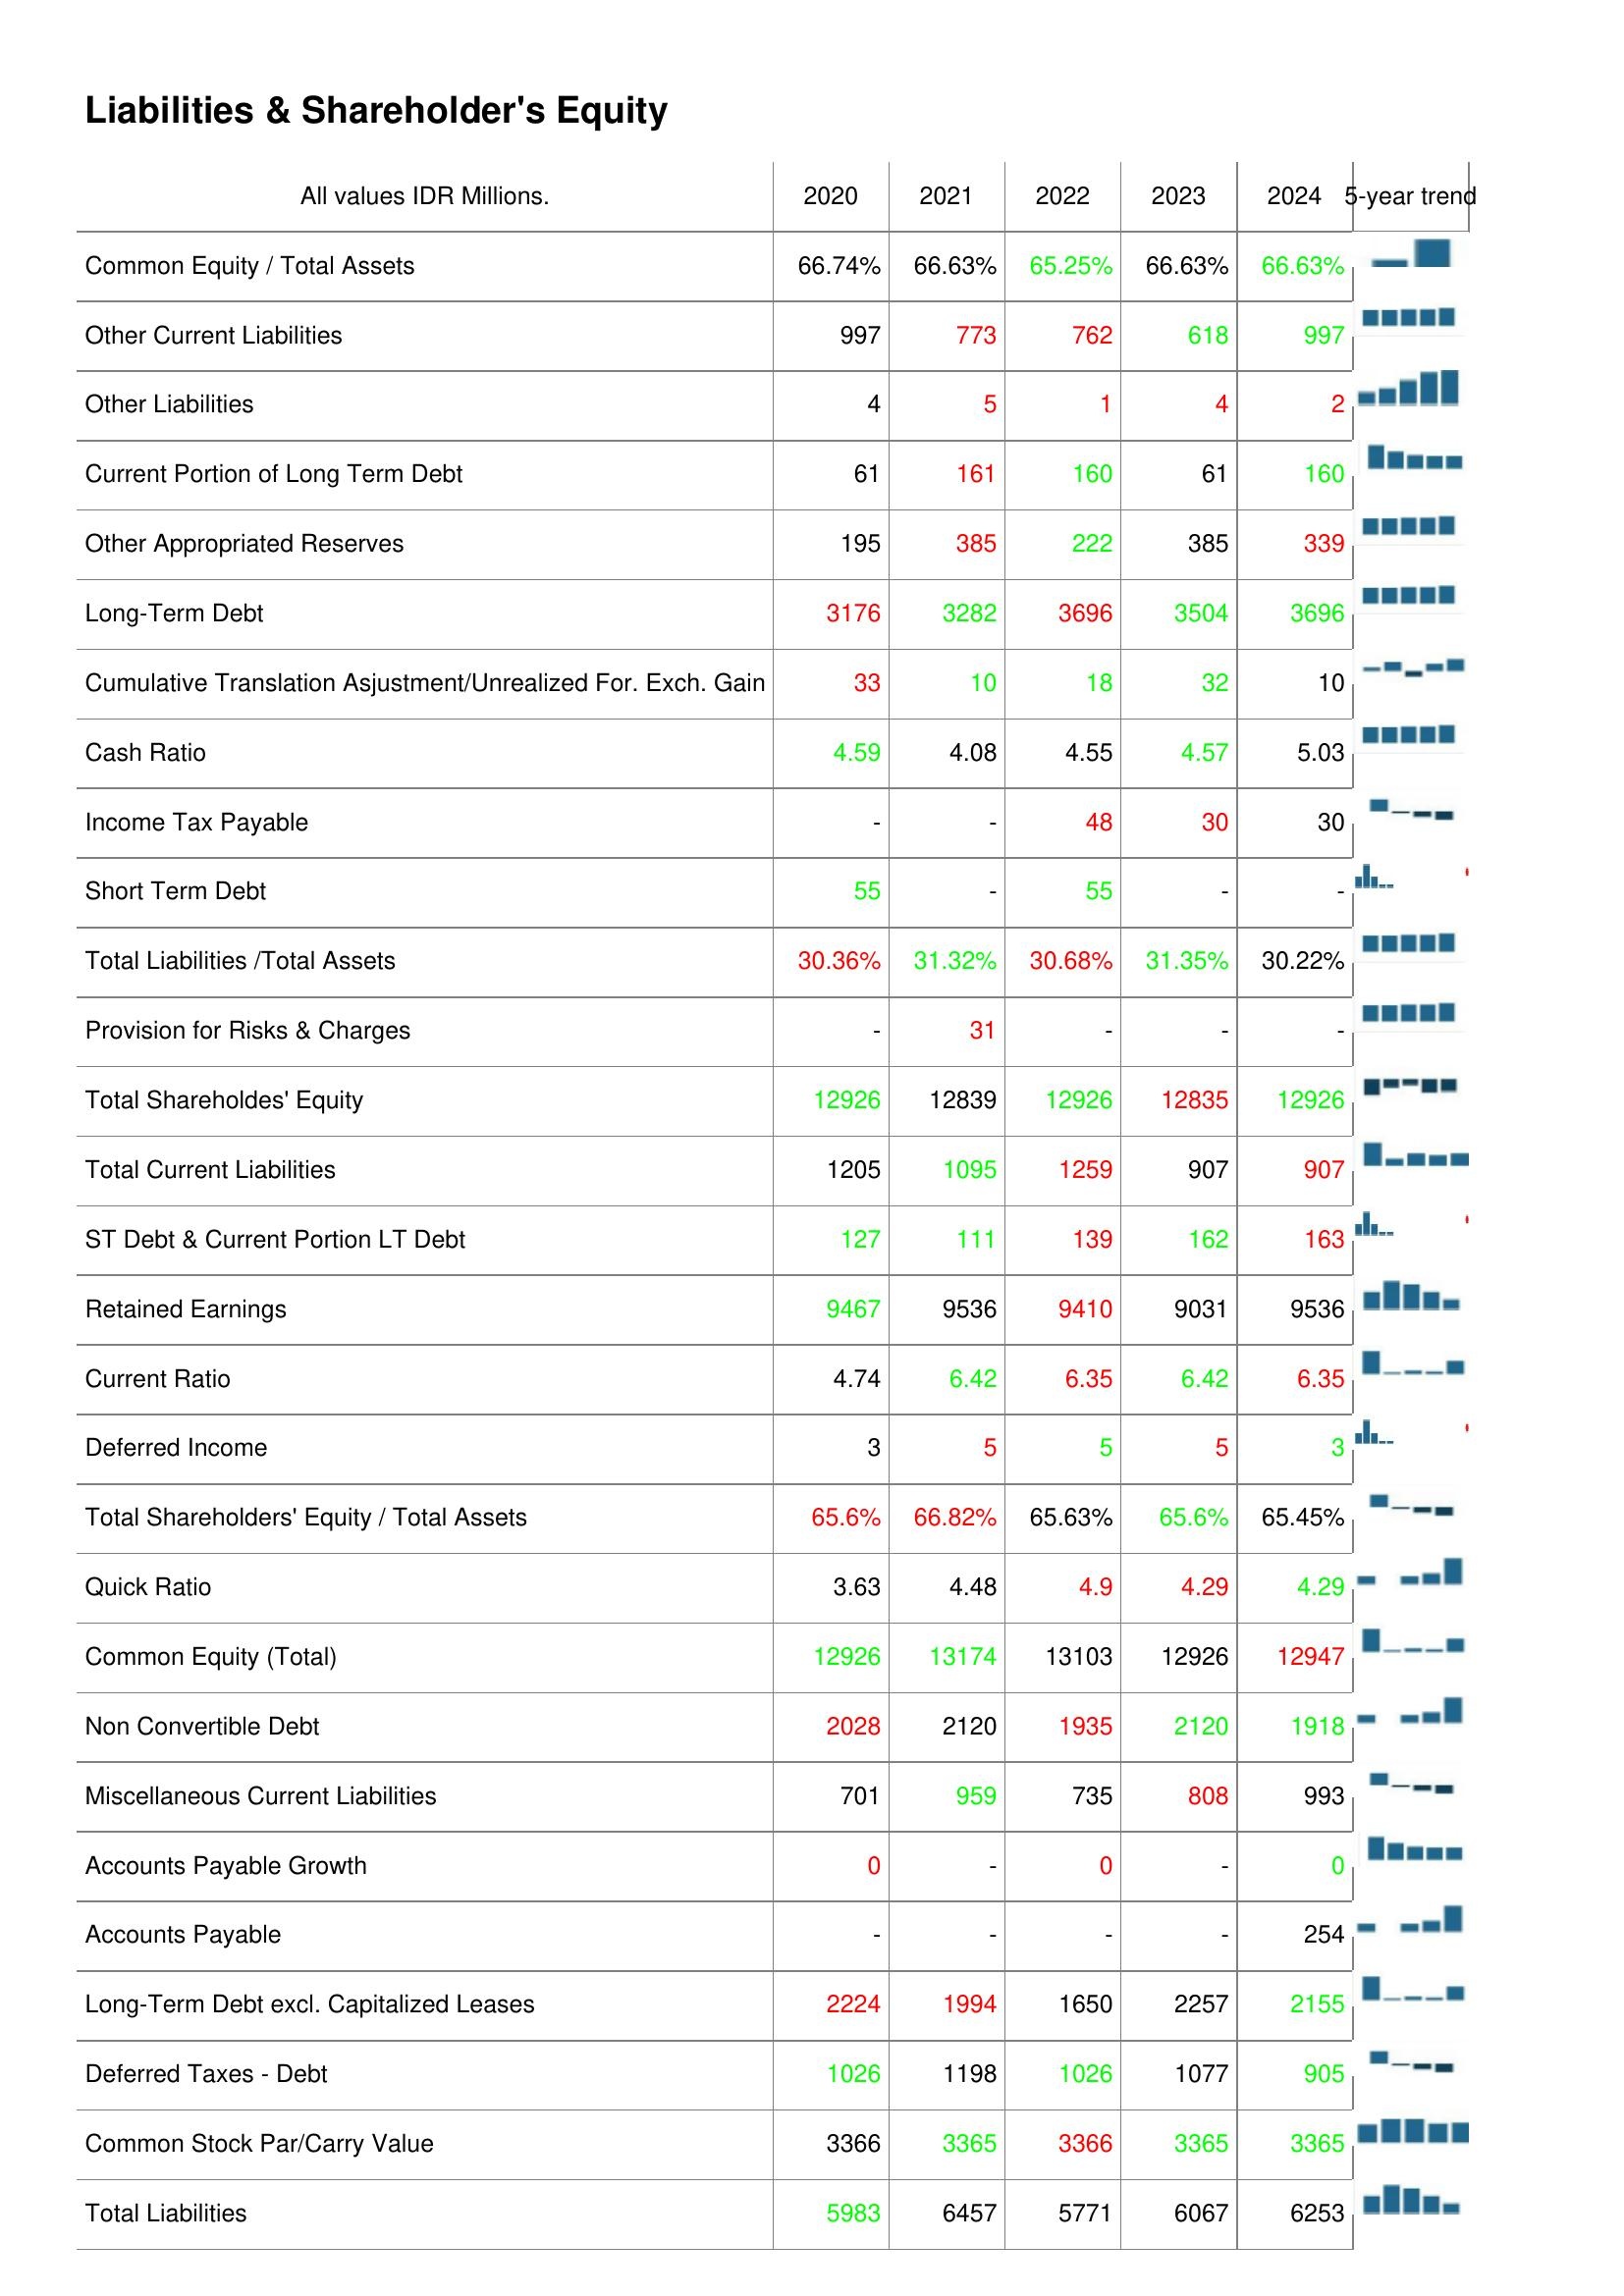
2020: Liabilities & Shareholder's Equity: Common Equity / Total Assets: 66.74%
Other Current Liabilities: 997
Other Liabilities: 4
Current Portion of Long Term Debt: 61
Other Appropriated Reserves: 195
Long-Term Debt: 3176
Cumulative Translation Asjustment/Unrealized For. Exch. Gain: 33
Cash Ratio: 4.59
Income Tax Payable: -
Short Term Debt: 55
Total Liabilities /Total Assets: 30.36%
Provision for Risks & Charges: -
Total Shareholdes' Equity: 12926
Total Current Liabilities: 1205
ST Debt & Current Portion LT Debt: 127
Retained Earnings: 9467
Current Ratio: 4.74
Deferred Income: 3
Total Shareholders' Equity / Total Assets: 65.6%
Quick Ratio: 3.63
Common Equity (Total): 12926
Non Convertible Debt: 2028
Miscellaneous Current Liabilities: 701
Accounts Payable Growth: 0
Accounts Payable: -
Long-Term Debt excl. Capitalized Leases: 2224
Deferred Taxes - Debt: 1026
Common Stock Par/Carry Value: 3366
Total Liabilities: 5983
2021: Liabilities & Shareholder's Equity: Common Equity / Total Assets: 66.63%
Other Current Liabilities: 773
Other Liabilities: 5
Current Portion of Long Term Debt: 161
Other Appropriated Reserves: 385
Long-Term Debt: 3282
Cumulative Translation Asjustment/Unrealized For. Exch. Gain: 10
Cash Ratio: 4.08
Income Tax Payable: -
Short Term Debt: -
Total Liabilities /Total Assets: 31.32%
Provision for Risks & Charges: 31
Total Shareholdes' Equity: 12839
Total Current Liabilities: 1095
ST Debt & Current Portion LT Debt: 111
Retained Earnings: 9536
Current Ratio: 6.42
Deferred Income: 5
Total Shareholders' Equity / Total Assets: 66.82%
Quick Ratio: 4.48
Common Equity (Total): 13174
Non Convertible Debt: 2120
Miscellaneous Current Liabilities: 959
Accounts Payable Growth: -
Accounts Payable: -
Long-Term Debt excl. Capitalized Leases: 1994
Deferred Taxes - Debt: 1198
Common Stock Par/Carry Value: 3365
Total Liabilities: 6457
2022: Liabilities & Shareholder's Equity: Common Equity / Total Assets: 65.25%
Other Current Liabilities: 762
Other Liabilities: 1
Current Portion of Long Term Debt: 160
Other Appropriated Reserves: 222
Long-Term Debt: 3696
Cumulative Translation Asjustment/Unrealized For. Exch. Gain: 18
Cash Ratio: 4.55
Income Tax Payable: 48
Short Term Debt: 55
Total Liabilities /Total Assets: 30.68%
Provision for Risks & Charges: -
Total Shareholdes' Equity: 12926
Total Current Liabilities: 1259
ST Debt & Current Portion LT Debt: 139
Retained Earnings: 9410
Current Ratio: 6.35
Deferred Income: 5
Total Shareholders' Equity / Total Assets: 65.63%
Quick Ratio: 4.9
Common Equity (Total): 13103
Non Convertible Debt: 1935
Miscellaneous Current Liabilities: 735
Accounts Payable Growth: 0
Accounts Payable: -
Long-Term Debt excl. Capitalized Leases: 1650
Deferred Taxes - Debt: 1026
Common Stock Par/Carry Value: 3366
Total Liabilities: 5771
2023: Liabilities & Shareholder's Equity: Common Equity / Total Assets: 66.63%
Other Current Liabilities: 618
Other Liabilities: 4
Current Portion of Long Term Debt: 61
Other Appropriated Reserves: 385
Long-Term Debt: 3504
Cumulative Translation Asjustment/Unrealized For. Exch. Gain: 32
Cash Ratio: 4.57
Income Tax Payable: 30
Short Term Debt: -
Total Liabilities /Total Assets: 31.35%
Provision for Risks & Charges: -
Total Shareholdes' Equity: 12835
Total Current Liabilities: 907
ST Debt & Current Portion LT Debt: 162
Retained Earnings: 9031
Current Ratio: 6.42
Deferred Income: 5
Total Shareholders' Equity / Total Assets: 65.6%
Quick Ratio: 4.29
Common Equity (Total): 12926
Non Convertible Debt: 2120
Miscellaneous Current Liabilities: 808
Accounts Payable Growth: -
Accounts Payable: -
Long-Term Debt excl. Capitalized Leases: 2257
Deferred Taxes - Debt: 1077
Common Stock Par/Carry Value: 3365
Total Liabilities: 6067
2024: Liabilities & Shareholder's Equity: Common Equity / Total Assets: 66.63%
Other Current Liabilities: 997
Other Liabilities: 2
Current Portion of Long Term Debt: 160
Other Appropriated Reserves: 339
Long-Term Debt: 3696
Cumulative Translation Asjustment/Unrealized For. Exch. Gain: 10
Cash Ratio: 5.03
Income Tax Payable: 30
Short Term Debt: -
Total Liabilities /Total Assets: 30.22%
Provision for Risks & Charges: -
Total Shareholdes' Equity: 12926
Total Current Liabilities: 907
ST Debt & Current Portion LT Debt: 163
Retained Earnings: 9536
Current Ratio: 6.35
Deferred Income: 3
Total Shareholders' Equity / Total Assets: 65.45%
Quick Ratio: 4.29
Common Equity (Total): 12947
Non Convertible Debt: 1918
Miscellaneous Current Liabilities: 993
Accounts Payable Growth: 0
Accounts Payable: 254
Long-Term Debt excl. Capitalized Leases: 2155
Deferred Taxes - Debt: 905
Common Stock Par/Carry Value: 3365
Total Liabilities: 6253